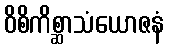
ဝိစိကိစ္ဆာသံယောဇနံ